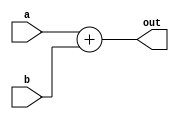
`timescale 1ns / 1ps


module adder
(
input [63:0] a,b,
output reg [63:0] out
);
always @ (a or b)
out=a+b;
endmodule